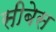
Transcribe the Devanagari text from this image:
सीबेस